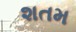
શતમ